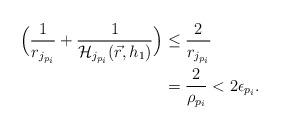
LaTeX: \begin{align*}\Big( \frac{1}{r_{j_{p_i}}} + \frac{1}{\mathcal{H}_{j_{p_i}}(\vec{r},h_1)} \Big) &\leq \frac{2}{r_{j_{p_i}}} \\ &= \frac{2}{\rho_{p_i}} < 2\epsilon_{p_i} . \end{align*}